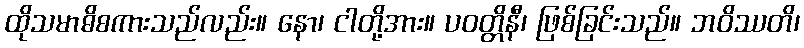
ထိုသမာဓိစကားသည်လည်း။ နော၊ ငါတို့အား။ ပဝတ္တိနီ၊ ဖြစ်ခြင်းသည်။ ဘဝိဿတိ၊